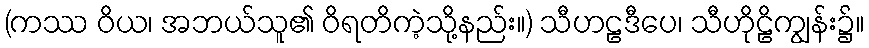
(ကဿ ဝိယ၊ အဘယ်သူ၏ ဝိရတိကဲ့သို့နည်း။) သီဟဠဒီပေ၊ သီဟိုဠိကျွန်း၌။